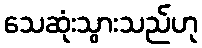
သေဆုံးသွားသည်ဟု